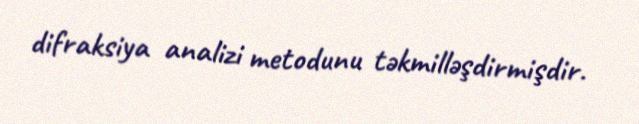
difraksiya analizi metodunu təkmilləşdirmişdir.